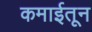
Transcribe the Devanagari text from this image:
कमाईतून